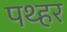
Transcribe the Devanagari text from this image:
पथ्हर